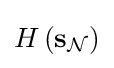
H\left(\mathbf {s} _{\mathcal {N}}\right)